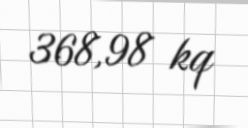
368,98 kq